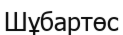
Шұбартөс